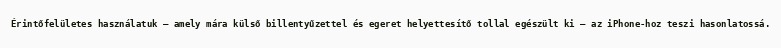
Érintőfelületes használatuk – amely mára külső billentyűzettel és egeret helyettesítő tollal egészült ki – az iPhone-hoz teszi hasonlatossá.